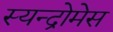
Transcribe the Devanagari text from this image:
स्यन्द्रोमेस